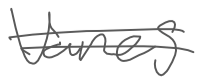
Text: vanes
Cross-out: double-line
Writing tool: digital_gray